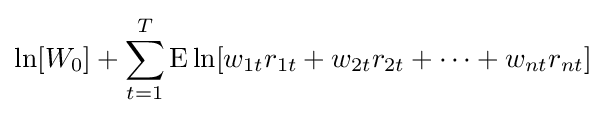
\ln[W_{0}]+\sum _{t=1}^{T}{\text{E}}\ln[w_{1t}r_{1t}+w_{2t}r_{2t}+\cdots +w_{nt}r_{nt}]